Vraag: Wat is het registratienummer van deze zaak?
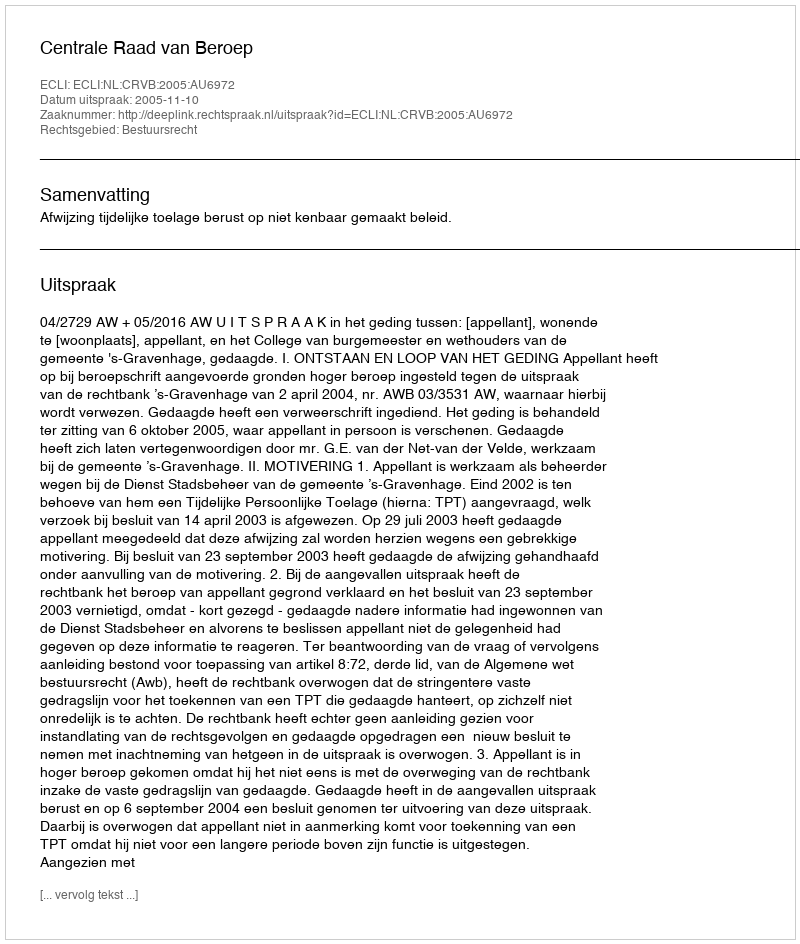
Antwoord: http://deeplink.rechtspraak.nl/uitspraak?id=ECLI:NL:CRVB:2005:AU6972